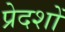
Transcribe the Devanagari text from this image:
प्रेदशों